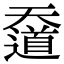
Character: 𡚑